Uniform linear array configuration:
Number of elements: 16
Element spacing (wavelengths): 0.5
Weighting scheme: cosine
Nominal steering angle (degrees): -15
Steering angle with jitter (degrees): -14.466
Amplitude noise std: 0.05
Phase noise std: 0.05

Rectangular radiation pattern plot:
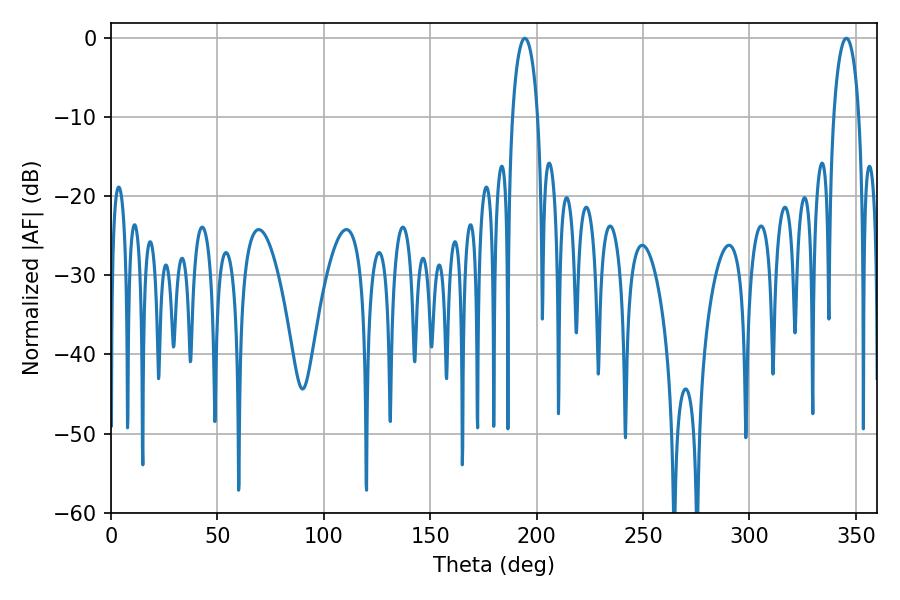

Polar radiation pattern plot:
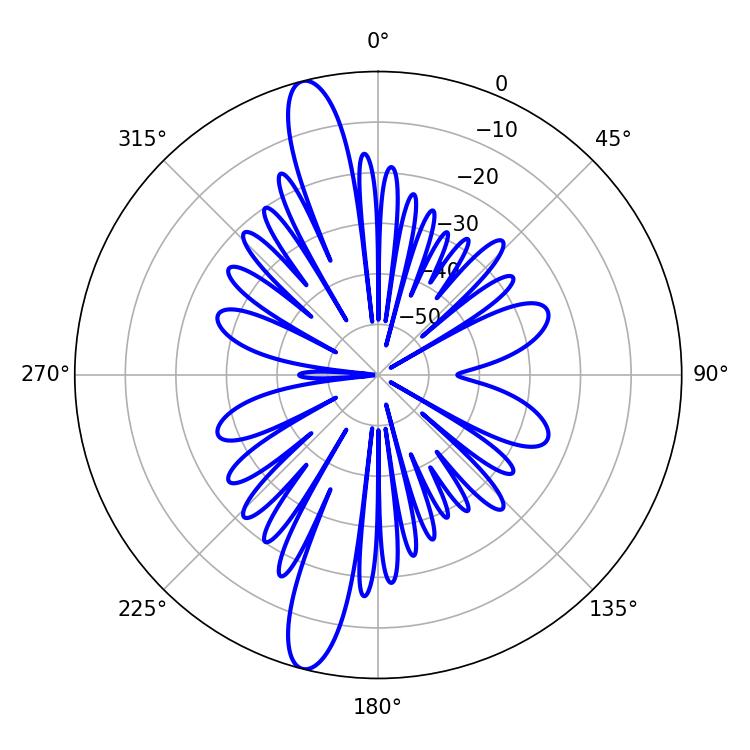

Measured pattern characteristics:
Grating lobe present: FALSE
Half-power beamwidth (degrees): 6.66
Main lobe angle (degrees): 194.4